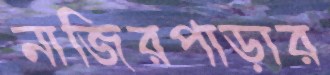
নাজিরপাড়ার